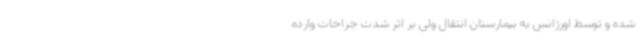
شده و توسط اورژانس به بیمارستان انتقال ولی بر اثر شدت جراحات وارده